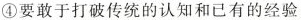
④要敢于打破传统的认知和已有的经验